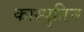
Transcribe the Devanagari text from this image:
कास्पुतिन